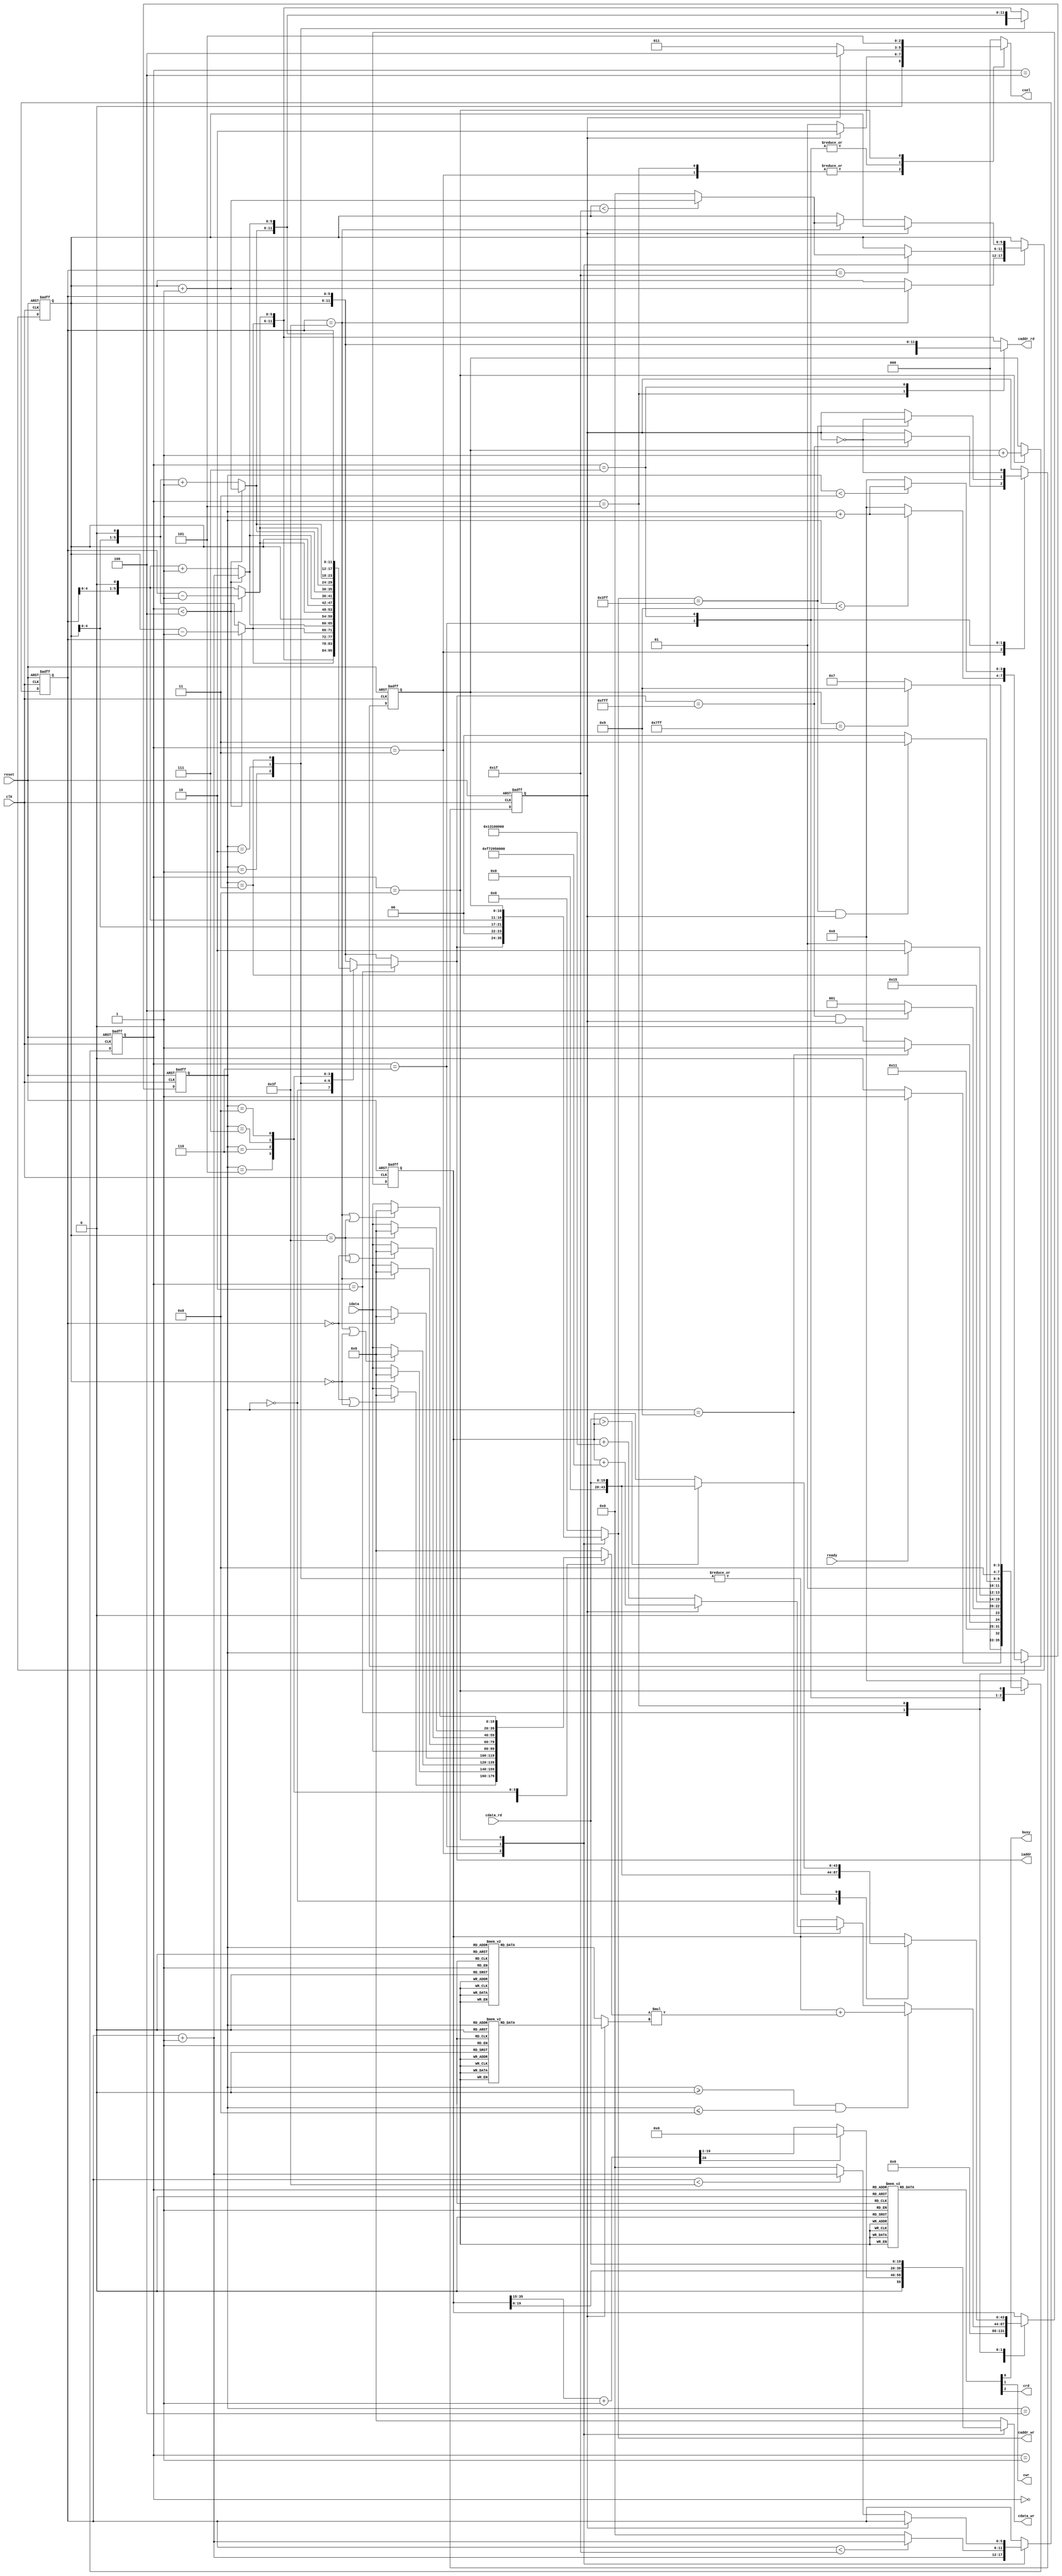
`timescale 1ns/10ps
module  CONV(
  clk,
  reset,
  busy,
  ready,
  iaddr,
  idata,
  cwr,
  caddr_wr,
  cdata_wr,
  crd,
  caddr_rd,
  cdata_rd,
  csel
);
//---------------------------------------------------------------------
//  PORTS DECLARATION                     
//--------------------------------------------------------------------- 
input  clk;
input  reset;
input  ready;
output reg busy;           
output reg [11:0] iaddr;   
input  signed [19:0] idata;
output reg crd;            
input  [19:0] cdata_rd;
output reg [11:0] caddr_rd;
output reg cwr;            
output reg [19:0] cdata_wr;
output reg [11:0] caddr_wr;
output reg [2:0] csel;     
	
//---------------------------------------------------------------------
//   LOCAL PARAMETER                       
//--------------------------------------------------------------------- 
// << state >>
localparam IDLE        = 4'd0;
localparam COUNTADDR   = 4'd1;
localparam CALCONV     = 4'd2;
localparam WRITEMEM_L0 = 4'd3;
localparam COUNTADDR2  = 4'd4;
localparam MAXPOOL     = 4'd5;
localparam WRITEMEM_L1 = 4'd6;
localparam READ_L1     = 4'd7;
localparam WRITEMEM_L2 = 4'd8;
localparam FINISH      = 4'd9;

// << map 0 >> 
localparam k00 = 20'h0A89E;
localparam k01 = 20'h092D5;
localparam k02 = 20'h06D43;
localparam k03 = 20'h01004;
localparam k04 = 20'hF8F71;
localparam k05 = 20'hF6E54;
localparam k06 = 20'hFA6D7;
localparam k07 = 20'hFC834;
localparam k08 = 20'hFAC19;
localparam b00 = 20'h01310;

// << map 1 >> 
localparam k10 = 20'hFDB55;
localparam k11 = 20'h02992;
localparam k12 = 20'hFC994;
localparam k13 = 20'h050FD;
localparam k14 = 20'h02F20;
localparam k15 = 20'h0202D;
localparam k16 = 20'h03BD7;
localparam k17 = 20'hFD369;
localparam k18 = 20'h05E68;
localparam b10 = 20'hF7295;

//---------------------------------------------------------------------
//   WIRE AND REG DECLARATION                             
//---------------------------------------------------------------------
// << reg >>
reg                 selKernel;
reg         [ 3:0]     fstate;
reg         [ 5:0]     icoorX;
reg         [ 5:0]     icoorY;
reg         [ 3:0]    counter;
reg         [10:0]     addrL2;
reg  signed [19:0]  kernelTmp;
reg  signed [19:0]   pixelTmp;
reg  signed [43:0]  resultAcc;

// << wire >>
wire        [ 5:0]    icoorX_L;
wire        [ 5:0]    icoorX_R;
wire        [ 5:0]    icoorY_U;
wire        [ 5:0]    icoorY_D;
wire signed [19:0]        tmp0;
wire signed [19:0]        tmp1;
wire signed [19:0]        tmp2;
wire signed [19:0]        tmp3;
wire signed [19:0]        tmp4;
wire signed [19:0]        tmp5;
wire signed [19:0]        tmp6;
wire signed [19:0]        tmp7;
wire signed [19:0]        tmp8;
wire signed [43:0]   mulResult;
wire signed [20:0]  convResult;
wire signed [19:0] totalResult;
//---------------------------------------------------------------------
//   WIRE CONNECTION              
//---------------------------------------------------------------------
// << icoorX >>
assign icoorX_L = (fstate < COUNTADDR2)?(icoorX - 6'd1):((icoorX << 1)       );
assign icoorX_R = (fstate < COUNTADDR2)?(icoorX + 6'd1):((icoorX << 1) + 6'd1);
assign icoorY_U = (fstate < COUNTADDR2)?(icoorY - 6'd1):((icoorY << 1)       );
assign icoorY_D = (fstate < COUNTADDR2)?(icoorY + 6'd1):((icoorY << 1) + 6'd1);

// << tmp0 ~ tmp8 >>
assign tmp0 = (icoorX == 6'd0  || icoorY == 6'd0 )?(20'd0):(idata);
assign tmp1 = (icoorY == 6'd0                    )?(20'd0):(idata);
assign tmp2 = (icoorX == 6'd63 || icoorY == 6'd0 )?(20'd0):(idata);
assign tmp3 = (icoorX == 6'd0                    )?(20'd0):(idata);
assign tmp4 = idata;
assign tmp5 = (icoorX == 6'd63                   )?(20'd0):(idata);
assign tmp6 = (icoorX == 6'd0  || icoorY == 6'd63)?(20'd0):(idata);
assign tmp7 = (icoorY == 6'd63                   )?(20'd0):(idata);
assign tmp8 = (icoorX == 6'd63 || icoorY == 6'd63)?(20'd0):(idata);

// << mulResult >>
assign mulResult = pixelTmp * kernelTmp;

// << convResult >>
assign convResult = (resultAcc >> 15) + 21'd1;

// << totalResult >>
assign totalResult = convResult[20:1];

//---------------------------------------------------------------------
//   ALWAYS BLOCK                
//---------------------------------------------------------------------
// << counter >>
always@(posedge clk or posedge reset)begin
  if(reset)counter <= 4'd0;
  else begin
    case(fstate)
      CALCONV:begin
        if(counter < 4'd9)counter <= counter + 4'd1;
        else              counter <= 4'd0;
      end
      MAXPOOL:begin
        if(counter < 4'd3)counter <= counter + 4'd1;
        else              counter <= 4'd0;
      end
    endcase
  end
end

// << iaddr >>
always@(*)begin
  case(fstate)
    COUNTADDR, COUNTADDR2:begin
      iaddr = {icoorY, icoorX};
    end
    CALCONV:begin
      case(counter)
        4'd0:iaddr = {icoorY_U, icoorX_L};
        4'd1:iaddr = {icoorY_U, icoorX  };
        4'd2:iaddr = {icoorY_U, icoorX_R};
        4'd3:iaddr = {icoorY  , icoorX_L};
        4'd4:iaddr = {icoorY  , icoorX  };
        4'd5:iaddr = {icoorY  , icoorX_R};
        4'd6:iaddr = {icoorY_D, icoorX_L};
        4'd7:iaddr = {icoorY_D, icoorX  };
        4'd8:iaddr = {icoorY_D, icoorX_R};
        default:iaddr = {icoorY, icoorX};
      endcase
    end
    default:iaddr = {icoorY, icoorX};
  endcase
end

// << icoorX >>
always@(posedge clk or posedge reset)begin
  if(reset)icoorX <= 6'd0;
  else begin
    case(fstate)
      WRITEMEM_L0:begin
        icoorX <= icoorX + 6'd1;
      end
      WRITEMEM_L1:begin
        if(icoorX < 6'd31)icoorX <= icoorX + 6'd1;
        else              icoorX <= 6'd0;
      end
      WRITEMEM_L2:begin
        if(!selKernel)begin
          if(icoorX < 6'd63)icoorX <= icoorX + 6'd1;
          else              icoorX <= 6'd0;
        end
      end
    endcase
  end
end

// << icoorY >>
always@(posedge clk or posedge reset)begin
  if(reset)icoorY <= 6'd0;
  else begin
    case(fstate)
      WRITEMEM_L0:begin
        if(icoorX == 6'd63)begin
          icoorY <= icoorY + 6'd1;
        end
      end
      WRITEMEM_L1:begin
        if(icoorX == 6'd31)begin
          if(icoorY < 6'd31)icoorY <= icoorY + 6'd1;
          else              icoorY <= 6'd0;
        end
      end
      WRITEMEM_L2:begin
        if(!selKernel)begin
          if(icoorX == 6'd63)begin
            if(icoorY < 6'd31)icoorY <= icoorY + 6'd1;
            else              icoorY <= 6'd0;
          end
        end
      end
    endcase
  end
end

// << kernelTmp >>
always@(*)begin
  if(selKernel == 1'b0)begin
    case(counter)
      4'd0:kernelTmp = k00;
      4'd1:kernelTmp = k01;
      4'd2:kernelTmp = k02;
      4'd3:kernelTmp = k03;
      4'd4:kernelTmp = k04;
      4'd5:kernelTmp = k05;
      4'd6:kernelTmp = k06;
      4'd7:kernelTmp = k07;
      4'd8:kernelTmp = k08;
      default:kernelTmp = 20'd0;
    endcase
  end
  else begin
    case(counter)
      4'd0:kernelTmp = k10;
      4'd1:kernelTmp = k11;
      4'd2:kernelTmp = k12;
      4'd3:kernelTmp = k13;
      4'd4:kernelTmp = k14;
      4'd5:kernelTmp = k15;
      4'd6:kernelTmp = k16;
      4'd7:kernelTmp = k17;
      4'd8:kernelTmp = k18;
      default:kernelTmp = 20'd0;
    endcase
  end
end

// << pixelTmp >>
always@(*)begin
  case(counter)
    4'd0:pixelTmp = tmp0;
    4'd1:pixelTmp = tmp1;
    4'd2:pixelTmp = tmp2;
    4'd3:pixelTmp = tmp3;
    4'd4:pixelTmp = tmp4;
    4'd5:pixelTmp = tmp5;
    4'd6:pixelTmp = tmp6;
    4'd7:pixelTmp = tmp7;
    4'd8:pixelTmp = tmp8;
    default:pixelTmp = 20'd0;
  endcase
end

// << resultAcc >>
always@(posedge clk or posedge reset)begin
  if(reset)resultAcc <= 44'd0;
  else begin
    case(fstate)
      COUNTADDR:resultAcc <= 44'd0;
      CALCONV:begin
        if(counter >= 4'd0 && counter <= 4'd8)resultAcc <= resultAcc + mulResult;
        else if(counter == 4'd9)begin
          if(!selKernel)resultAcc <= resultAcc + {b00, 16'd0};
          else          resultAcc <= resultAcc + {b10, 16'd0};
        end
      end
      MAXPOOL:begin
        case(counter)
          4'd0:resultAcc <= cdata_rd;
          4'd1, 4'd2, 4'd3:if(cdata_rd > resultAcc)resultAcc <= cdata_rd;
        endcase
      end
    endcase
  end
end

// << csel >>
always@(*)begin
  case(fstate)
    WRITEMEM_L0, MAXPOOL:begin
      if(!selKernel)csel = 3'd1;
      else          csel = 3'd2;
    end
    WRITEMEM_L1, READ_L1:begin
      if(!selKernel)csel = 3'd3;
      else          csel = 3'd4;
    end
    WRITEMEM_L2:begin
      csel = 3'd5;
    end
    default:csel = 3'd0;
  endcase
end

// << cdata_wr >>
always@(*)begin
  case(fstate)
    WRITEMEM_L0:begin
      if(totalResult[19])cdata_wr = 20'd0;
      else               cdata_wr = totalResult;
    end
    WRITEMEM_L1:begin
      cdata_wr = resultAcc;
    end
    WRITEMEM_L2:begin
      cdata_wr = cdata_rd;
    end
    default:cdata_wr = 20'd0;
  endcase
end

// << caddr_rd >>
always@(*)begin
  case(fstate)
    MAXPOOL:begin
      case(counter)
        4'd0:caddr_rd = {icoorY_U, icoorX_L};
        4'd1:caddr_rd = {icoorY_U, icoorX_R};
        4'd2:caddr_rd = {icoorY_D, icoorX_L};
        4'd3:caddr_rd = {icoorY_D, icoorX_R};
        default:caddr_rd = {icoorY_U, icoorX_L};
      endcase
    end
    READ_L1:begin
      caddr_rd = {icoorY, icoorX};
    end
    default:caddr_rd = {icoorY_U, icoorX_L};
  endcase
end

// << caddr_wr >>
always@(*)begin
  case(fstate)
    WRITEMEM_L0:begin
      caddr_wr = iaddr;
    end
    WRITEMEM_L1:begin
      caddr_wr = {2'd0, icoorY[4:0], icoorX[4:0]};
    end
    WRITEMEM_L2:begin
      caddr_wr = addrL2;
    end
    default:caddr_wr = 12'd0;
  endcase
end

// << selKernel >>
always@(posedge clk or posedge reset)begin
  if(reset)selKernel <= 1'b0;
  else begin
    case(fstate)
      WRITEMEM_L0:begin
        if(iaddr == 12'd4095)selKernel <= ~selKernel;
      end
      WRITEMEM_L1:begin
        if(caddr_wr == 12'd1023)selKernel <= ~selKernel;
      end
      READ_L1:selKernel <= ~selKernel;
    endcase
  end
end

// << addrL2 >>
always@(posedge clk or posedge reset)begin
  if(reset)addrL2 <= 11'd0;
  else begin
    if(fstate == WRITEMEM_L2)addrL2 <= addrL2 + 11'd1;
  end
end
//---------------------------------------------------------------------
//   FSM-STATE           
//---------------------------------------------------------------------
always@(posedge clk or posedge reset)begin
  if(reset)fstate <= IDLE;
  else begin
    case(fstate)
      IDLE:begin
        if(ready)fstate <= COUNTADDR;
        else     fstate <= IDLE;
      end
      COUNTADDR:begin
        fstate <= CALCONV;
      end
      CALCONV:begin
        if(counter == 4'd9)fstate <= WRITEMEM_L0;
        else               fstate <= CALCONV;
      end
      WRITEMEM_L0:begin
        if(iaddr == 12'd4095 && selKernel)fstate <= COUNTADDR2;
        else                              fstate <= COUNTADDR;
      end
      COUNTADDR2:begin
        fstate <= MAXPOOL;
      end
      MAXPOOL:begin
        if(counter == 4'd3)fstate <= WRITEMEM_L1;
        else               fstate <= MAXPOOL;
      end
      WRITEMEM_L1:begin
        if(caddr_wr == 12'd1023 && selKernel)fstate <= READ_L1;
        else                                 fstate <= COUNTADDR2;
      end
      READ_L1:begin
        fstate <= WRITEMEM_L2;
      end
      WRITEMEM_L2:begin
        if(addrL2 == 11'd2047)fstate <= FINISH;
        else                  fstate <= READ_L1;
      end
      FINISH:begin
        fstate <= IDLE;
      end
      default:fstate <= IDLE;
    endcase
  end
end
//---------------------------------------------------------------------
//   FSM-OUTPUT               
//---------------------------------------------------------------------
always@(*)begin
  case(fstate)
    IDLE:begin
      busy   = 1'b0;
      cwr    = 1'b0;
      crd    = 1'b0;
    end
    COUNTADDR:begin
      busy   = 1'b1;
      cwr    = 1'b0;
      crd    = 1'b0;
    end
    CALCONV:begin
      busy   = 1'b1;
      cwr    = 1'b0;
      crd    = 1'b0;
    end
    WRITEMEM_L0:begin
      busy   = 1'b1;
      cwr    = 1'b1;
      crd    = 1'b0;
    end
    COUNTADDR2:begin
      busy   = 1'b1;
      cwr    = 1'b0;
      crd    = 1'b0;
    end
    MAXPOOL:begin
      busy   = 1'b1;
      cwr    = 1'b0;
      crd    = 1'b1;
    end
    WRITEMEM_L1:begin
      busy   = 1'b1;
      cwr    = 1'b1;
      crd    = 1'b0;
    end
    READ_L1:begin
      busy   = 1'b1;
      cwr    = 1'b0;
      crd    = 1'b1;
    end
    WRITEMEM_L2:begin
      busy   = 1'b1;
      cwr    = 1'b1;
      crd    = 1'b0;
    end
    FINISH:begin
      busy   = 1'b0;
      cwr    = 1'b0;
      crd    = 1'b0;
    end
    default:begin
      busy   = 1'b1;
      cwr    = 1'b0;
      crd    = 1'b0;
    end
  endcase
end

endmodule